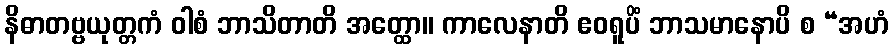
နိဓာတဗ္ဗယုတ္တကံ ဝါစံ ဘာသိတာတိ အတ္ထော။ ကာလေနာတိ ဧဝရူပိံ ဘာသမာနောပိ စ “အဟံ